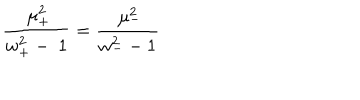
\frac { \ \mu _ { + } ^ { 2 } } { w _ { + } ^ { 2 } - \ 1 } = \frac { \ \mu _ { - } ^ { 2 } } { w _ { - } ^ { 2 } - 1 }